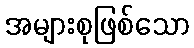
အများစုဖြစ်သော